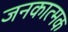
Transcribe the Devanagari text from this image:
जनकात्मक